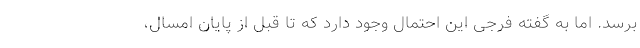
برسد. اما به گفته فرجی این احتمال وجود دارد که تا قبل از پایان امسال،